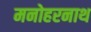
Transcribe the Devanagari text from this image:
मनोहरनाथ